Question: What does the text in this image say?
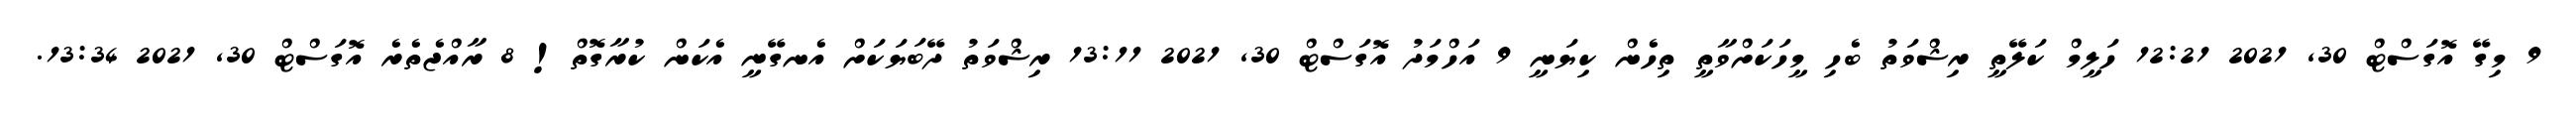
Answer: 9 މިގޭ އޮގަސްޓް 30, 2021 12:21 ހަލީމް ކަލޭތީ ރިޝްވަތު ބެހި މީހަކަށްވާތީ ތިހެން ކިޔަނީ 9 އަހްމަދު އޮގަސްޓް 30, 2021 13:11 ރިޝްވަތު ދޭބަޔަކަށް އެނގޭނީ އެކަން ކުރާގޮތް! 8 ރާއްޖެތެރެ އޮގަސްޓް 30, 2021 13:34.